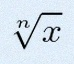
\sqrt[n]{x}